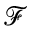
\mathcal { F }